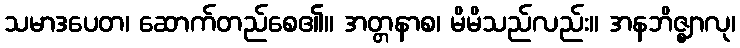
သမာဒပေတ၊ ဆောက်တည်စေ၏။ အတ္တနာစ၊ မိမိသည်လည်း။ အနဘိဇ္ဈာလု၊